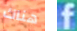
هناك f